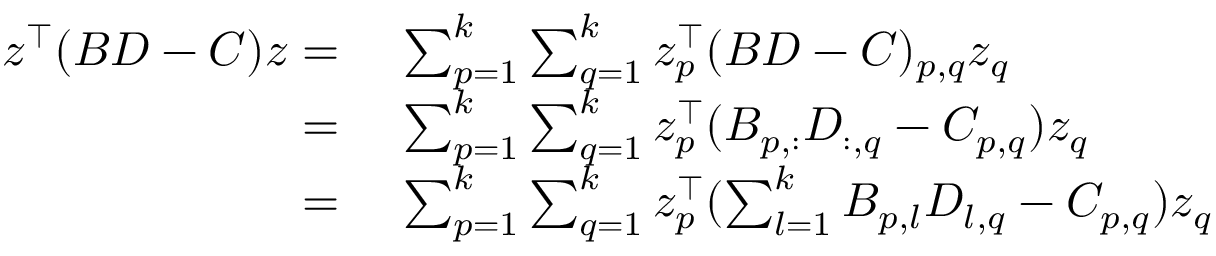
\begin{array} { r l } { z ^ { \top } ( B D - C ) z = } & { ~ \sum _ { p = 1 } ^ { k } \sum _ { q = 1 } ^ { k } z _ { p } ^ { \top } ( B D - C ) _ { p , q } z _ { q } } \\ { = } & { ~ \sum _ { p = 1 } ^ { k } \sum _ { q = 1 } ^ { k } z _ { p } ^ { \top } ( B _ { p , : } D _ { : , q } - C _ { p , q } ) z _ { q } } \\ { = } & { ~ \sum _ { p = 1 } ^ { k } \sum _ { q = 1 } ^ { k } z _ { p } ^ { \top } ( \sum _ { l = 1 } ^ { k } B _ { p , l } D _ { l , q } - C _ { p , q } ) z _ { q } } \end{array}